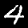
Label: 4